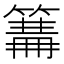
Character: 𥲙